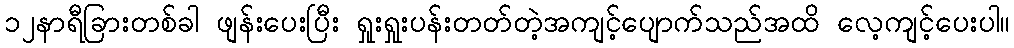
၁၂နာရီခြားတစ်ခါ ဖျန်းပေးပြီး ရှုးရှုးပန်းတတ်တဲ့အကျင့်ပျောက်သည်အထိ လေ့ကျင့်ပေးပါ။